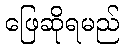
ဖြေဆိုရမည်